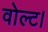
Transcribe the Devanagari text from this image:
वोल्ट।